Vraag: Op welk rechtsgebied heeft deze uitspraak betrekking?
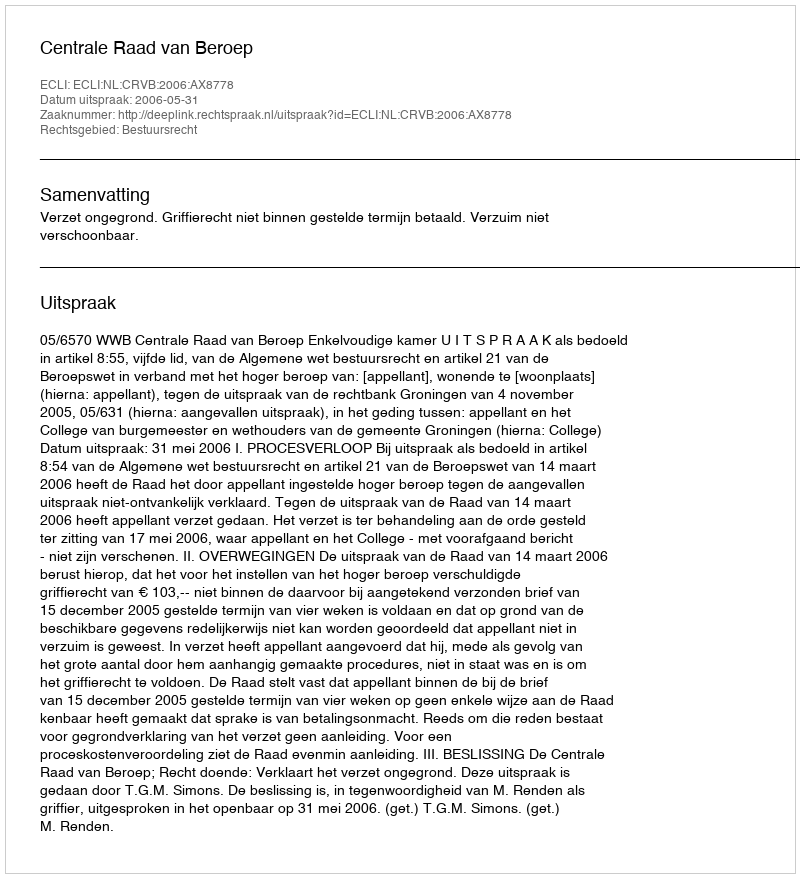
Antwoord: Bestuursrecht